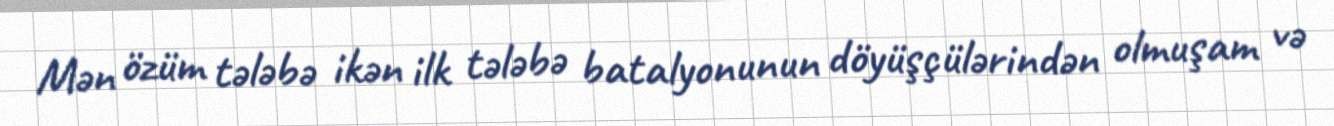
Mən özüm tələbə ikən ilk tələbə batalyonunun döyüşçülərindən olmuşam və